Annual report of the Punjab Veterinary College and of the Civil Veterinary Department, Punjab - 1920-1925
Year: 1920
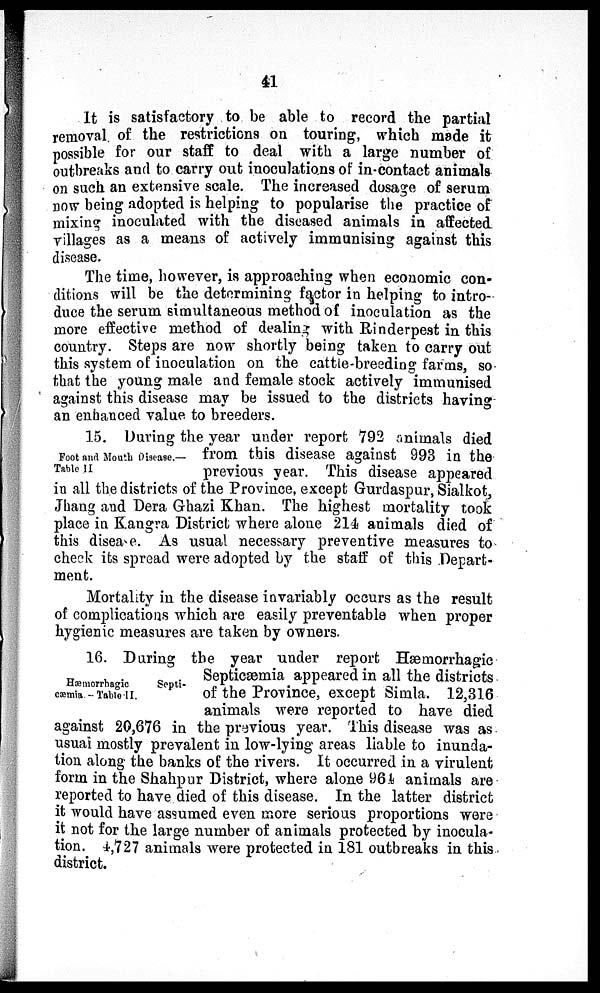
41
It is satisfactory to be able to record the partial
removal of the restrictions on touring, which made it
possible for our staff to deal with a large number of
outbreaks and to carry out inoculations of in-contact animals
on such an extensive scale. The increased dosage of serum
now being adopted is helping to popularise the practice of
mixing inoculated with the diseased animals in affected
villages as a means of actively immunising against this
disease.
The time, however, is approaching when economic con-
ditions will be the determining factor in helping to intro-
duce the serum simultaneous method of inoculation as the
more effective method of dealing with Rinderpest in this
country. Steps are now shortly being taken to carry out
this system of inoculation on the cattle-breeding farms, so
that the young male and female stock actively immunised
against this disease may be issued to the districts having
an enhanced value to breeders.
Foot and Mouth Disease.—
Table II
15. During the year under report 792 animals died
from this disease against 993 in the
previous year. This disease appeared
in all the districts of the Province, except Gurdaspur, Sialkot,
Jhang and Dera Ghazi Khan. The highest mortality took
place in Kangra District where alone 214 animals died of
this disease. As usual necessary preventive measures to
check its spread were adopted by the staff of this Depart-
ment.
Mortality in the disease invariably occurs as the result
of complications which are easily preventable when proper
hygienic measures are taken by owners.
Hæmorrhagic
Septi-
cæmia - Table II.
16. During the year under report Hæmorrhagic
Septicæmia appeared in all the districts
of the Province, except Simla. 12,316
animals were reported to have died
against 20,676 in the previous year. This disease was as
usual mostly prevalent in low-lying areas liable to inunda-
tion along the banks of the rivers. It occurred in a virulent
form in the Shahpur District, where alone 964 animals are
reported to have died of this disease. In the latter district
it would have assumed even more serious proportions were
it not for the large number of animals protected by inocula-
tion. 4,727 animals were protected in 181 outbreaks in this
district.